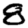
Digit: 8